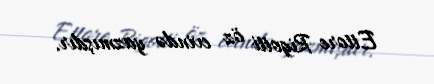
Ettore Rigotti öz evində yazmışdır.